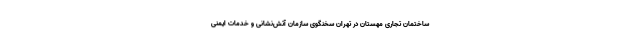
ساختمان تجاری مهستان در تهران سخنگوی سازمان آتش‌نشانی و خدمات ایمنی